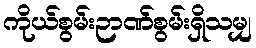
ကိုယ်စွမ်းဉာဏ်စွမ်းရှိသမျှ